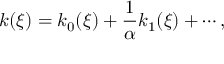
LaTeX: k ( \xi ) = k _ { 0 } ( \xi ) + \frac { 1 } { \alpha } k _ { 1 } ( \xi ) + \cdots ,